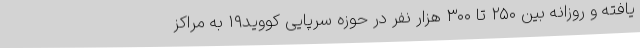
یافته و روزانه بین ۲۵۰ تا ۳۰۰ هزار نفر در حوزه سرپایی کووید۱۹ به مراکز